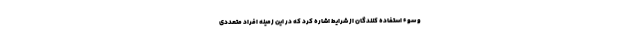
و سوء استفاده کنندگان از شرایط اشاره کرد که در این زمینه افراد متعددی